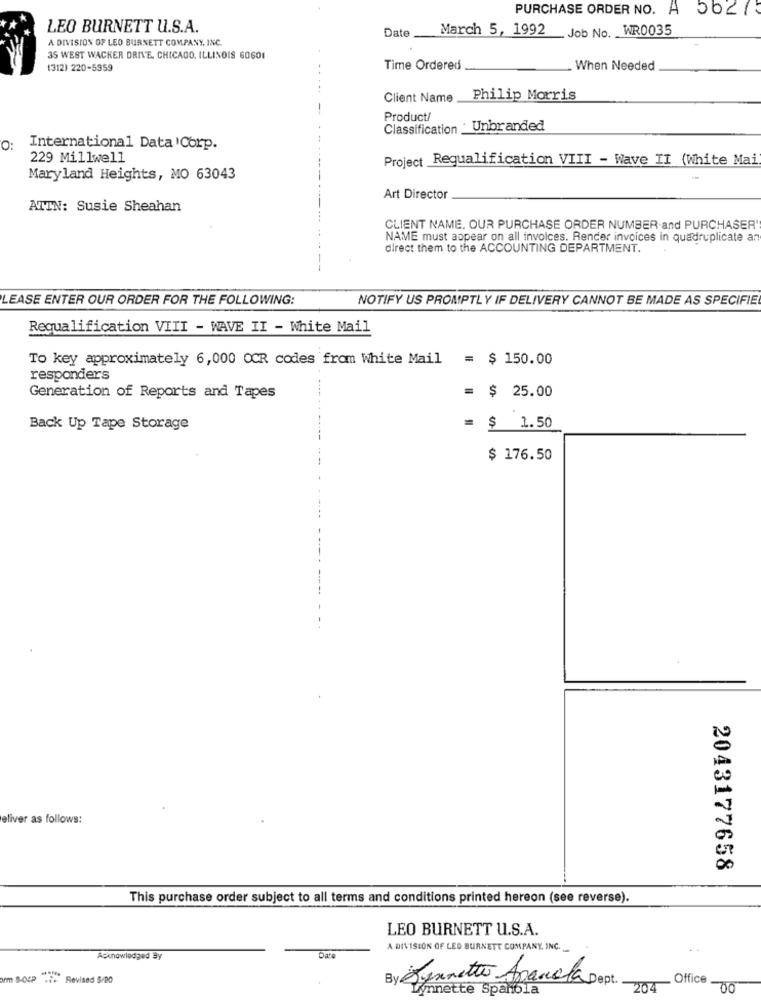
PURCHASE ORDER NO. A 5627
LEO BURNETT U.S.A.
March 5, 1992 Job No. WR0035
A DIVISION OF LEO BURNETT COMPANY, INC.
Date_
35 WEST WACKER DRIVE, CHICAGO, ILLINOIS GOGO1
1312) 220-5959
Time Ordered
. When Needed
Client Name
Philip Morris
Product/
Classification Unbranded
O:
International Data Corp.
229 Millwell
Project Requalification VIII - Wave II (White Mai
Maryland Heights, MO 63043
Art Director
ATTN: Susie Sheahan
CLIENT NAME, OUR PURCHASE ORDER NUMBER and PURCHASER'
NAME must appear on all invoices. Render invoices In quadruplicate a
direct them to the ACCOUNTING DEPARTMENT.
LEASE ENTER OUR ORDER FOR THE FOLLOWING:
NOTIFY US PROMPTLY IF DELIVERY CANNOT BE MADE AS SPECIFIE
Requalification VIII - WAVE II - White Mail
To key approximately 6, 000 OCR codes from White Mail
= $ 150.00
responders
= $ 25.00
Generation of Reports and Tapes
Back Up Tape Storage
= $ 1.50
$ 176.50
eliver as follows:
2043177658
This purchase order subject to all terms and conditions printed hereon (see reverse).
LEO BURNETT U.S.A.
A DIVISION OF LEO BURNETT COMPANY, INC.
Acknowledged By
orm S-O4P ... Revised 5/DO
By Spinetta Apanela Dept.
Office
204
-00
Lynnette Spanbla